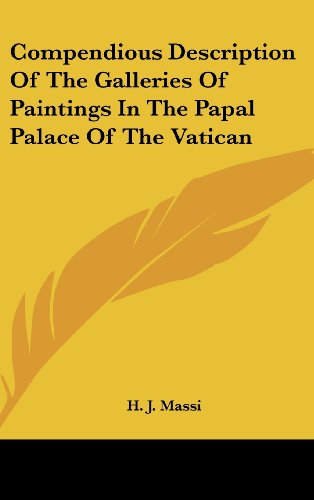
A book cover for Compendious Description Of The Galleries Of Paintings In The Papal Palace Of The Vatican; H. J. Massi; Travel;